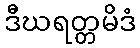
ဒီဃရတ္တမိဒံ